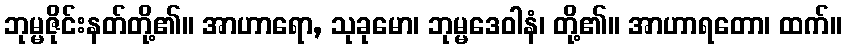
ဘုမ္မဇိုင်းနတ်တို့၏။ အာဟာရော, သုခုမော၊ ဘုမ္မဒေဝါနံ၊ တို့၏။ အာဟာရတော၊ ထက်။